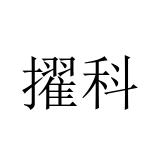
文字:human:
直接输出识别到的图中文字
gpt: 擢科